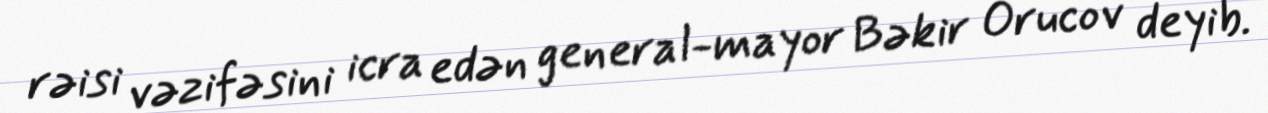
rəisi vəzifəsini icra edən general-mayor Bəkir Orucov deyib.